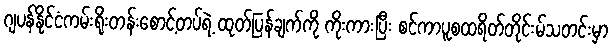
ဂျပန်နိုင်ငံကမ်းရိုးတန်းစောင့်တပ်ရဲ့ ထုတ်ပြန်ချက်ကို ကိုးကားပြီး စင်ကာပူစထရိတ်တိုင်းမ်သတင်းမှာ